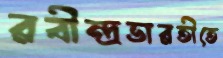
রবীন্দ্রভারতীতে